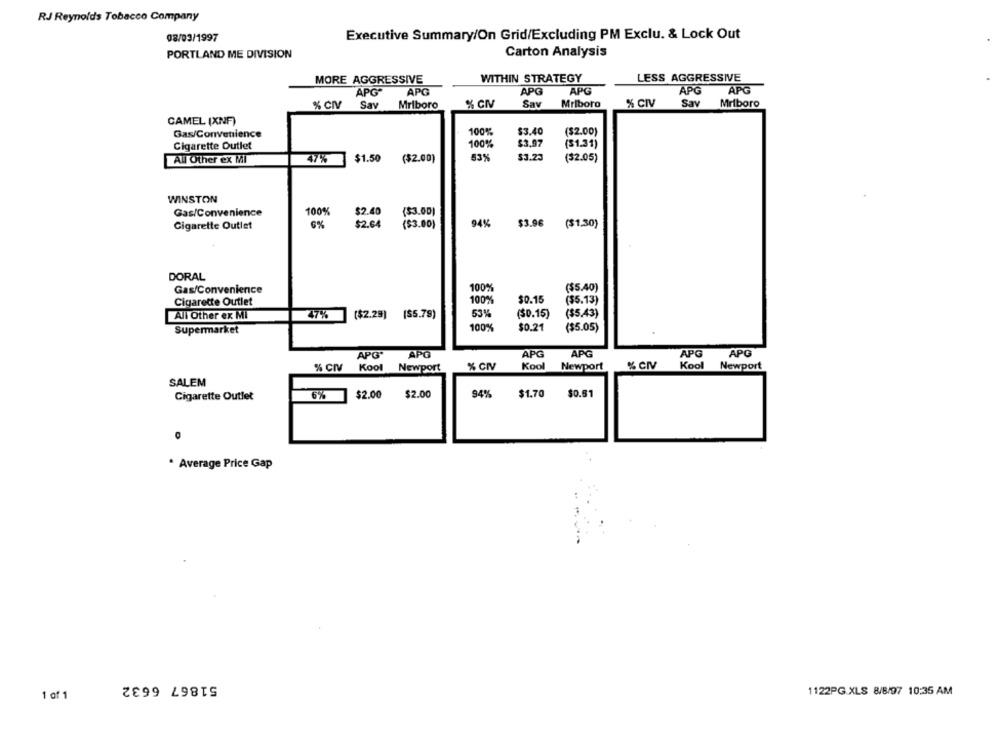
RJ Reynolds Tobacco Company
08/03/1997
Executive Summary/On Grid/Excluding PM Exclu. & Lock Out
Carton Analysis
PORTLAND ME DIVISION
MORE AGGRESSIVE
WITHIN STRATEGY
LESS AGGRESSIVE
APG
APG
APG
APG
APG"
APG
% CIV
Mriboro
% GN
Sav
Mriboro
% CIV
Sav
Mriboro
Say
CAMEL (XNF)
Gas/Convenience
100%
$3.40
($2.00)
Cigarette Outlet
100%
$3.97
($1.31)
Al Other ex Ml
47%
$1.50
($2.00)
53%
$3.23
(32.05)
WINSTON
Gas/Convenience
100%
$2.40
($3.00)
94%
($1.30)
Cigarette Outlet
6%
$2.64
($3.00)
$3.96
DORAL
Gas/Convenience
100%
($5.40)
Cigarette Outlet
100%
$0.15
($5.13)
All Other ex MI
47%
($2.29)
($5.79)
53%
($0.15)
($5.43)
100%
$0.21
Supermarket
($5.05)
APG"
APO
APG
APG
APG
APG
% CIV
Kool
Newport
Kool
Newport
% CIV
Kool
Newport
SALEM
$2.00
94%
$1.70
$0.51
Cigarette Outlet
6%
$2.00
* Average Price Gap
51867 6632
1 of 1
1122PG.XLS 8/8/97 10:35 AM